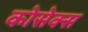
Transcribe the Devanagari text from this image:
कोसेक्स